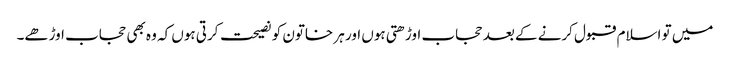
میں تو اسلام قبول کرنے کے بعد حجاب اوڑھتی ہوں اور ہر خاتون کو نصیحت کرتی ہوں کہ وہ بھی حجاب اوڑھے۔